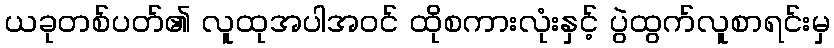
ယခုတစ်ပတ်၏ လူထုအပါအဝင် ထိုစကားလုံးနှင့် ပွဲထွက်လူစာရင်းမှ